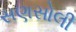
સણસોલી